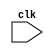
// --------------------------------------------------------------------
// TYPE: module
// DEPARTMENT: ELECTRONICS & COMMUNICATION ENGINEERING
// AUTHOR'S EMAIL: bt20ece003@iiitn.ac.in
// --------------------------------------------------------------------
// PURPOSE: 16-Bit MicroProcessor which has very basic INSTRUCTION SET 
//          ARCHITECTURE designed in behavioral style of Modelling
// -------------------------------------------------------------------- 


module microProcessor (
    clk // clock signals
);

    parameter N1 = 16, N2 = 12, N3 = 8;
    parameter WORDS = 4096; // No of words that can be stored in the memory

    // Hexadecimal Code for Memory Reference Instruction
    // "_D" is a suffix to represent Direct Memory addressing mode
    // "_I" is a suffix to represent Indirect Memory addressing mode
    parameter AND = 3'b000; // Opcode: AND memory word to the Accumulator
    parameter ADD = 3'b001; // ADD memory word to AC
    parameter LDA = 3'b010; // Load memory Word to AC
    parameter STA = 3'b011; // Store content of AC in memory
    parameter BUN = 3'b100; // Branch uncoditionally
    parameter BSA = 3'b101; // Branch and save return address
    parameter ISZ = 3'b110; // Increment and skip if zero

    // Hexadecimal code for Register Reference Instructions
    parameter CLA = 12'h800; // Clear AC
    parameter CLE = 12'h400; // Clear E
    parameter CMA = 12'h200; // Complement AC
    parameter CME = 12'h100; // Complement E
    parameter CIR = 12'h080; // Circulate right AC and E
    parameter CIL = 12'h040; // Circulate left AC and E
    parameter INC = 12'h020; // Increment AC
    parameter SPA = 12'h010; // Skip next instruction if AC is positive
    parameter SNA = 12'h008; // Skip next instruction if AC is negative
    parameter SZA = 12'h004; // Skip next instruction if AC is zero
    parameter SZE = 12'h002; // Skip next instruction if E is zero
    parameter HLT = 12'h001; // Halt processor

    // Hexadecimal code for I/O Reference Instructions
    parameter INP = 12'h800; // Input character to AC
    parameter OUT = 12'h400; // Output character from AC
    parameter SKI = 12'h200; // Skip on input flag
    parameter SKO = 12'h100; // Skip on output flag
    parameter ION = 12'h080; // Interrupt on
    parameter IOF = 12'h040; // Interrupt off

    input clk; // clock signal

    // Register of the Processor
    reg [N1-1:0] bus;   // Bus System of the processor
    reg [N2-1:0] AR;    // 12 bit Address Register - Holds address for memory to read and write
    reg [N2-1:0] PC;    // 12 bit Program Counter - Holds address of next Instruction to be fetched.
    reg [N1-1:0] AC;    // 16-Bit Accumulator - Processor Register
    reg [N1-1:0] DR;    // 16-Bit Data Register - Holds Memory operand 
    reg [N1-1:0] IR;    // 16-Bit Instruction Register - Holds Instruction Code
    reg [N1-1:0] TR;    // 16-Bit Temporary Register - Holds Temporary Data
    reg [N3-1:0] INPR;  // 8-Bit Input Register
    reg [N3-1:0] OUTR;  // 8-bit Output Register

    reg [N1-1:0] M [0:WORDS-1]; // Memory of 4096 words where each word is of 15 bits.
    // Flip-Flops Used are:
    // (i) R: It is used to indicate whether interrupt occurs or not.
    // (ii) I: This flip-flop is used to store the MSB of IR so as to decide whether it is Direct Memory Access or Indirect Memory Access.
    // (iii) E: The flip-flop represents the carry flag.
    // (iv) IEN: This flag enables the interrupt.
    // (v) FGI: This flag will set when INPR register is filled.
    // (vi) FGO: This flag will set when output device is ready to receive data.
    // (vii) S: This flip-Flop is used to start the microprocessor.

    reg I,E,R,S,FGI,FGO,IEN,SC; // Flip-Flops which control the instrutions.
    reg [2:0] opcode; // 3-Bit Operational Code 
    reg [2:0] t; // variable for timing sequence

    // Timing Sequence, which helps us to sequentialize instruction
    // This counter will help to sequentialize the instructions
    // It will get resetted when SC = 0.
    // And microprocessor will start working only when S = 1.
    always @(posedge clk) begin // a 4-bit counter
        if(S == 1'b1) begin
            if(SC == 1'b0) 
            begin
                t <= #2 3'b0;
                SC <= #2 1'b1;                 
            end
            else
                t <= #2 t + 1;
        end
        else begin
            t <= #2 3'b0;
        end
    end


    // For Interrupt 
    // Interrupt will get activated either when processor is communicating with peripheral devices 
    // or enabled using Instruction in which case IEN will get set.
    always @(posedge clk) begin
        if(t != 3'b00 && t !=3'b001 && t != 3'b010 && IEN == 1'b1 && (FGI == 1'b1 || FGO == 1'b1))
            R <= #2 1'b1;
    end
    
    // When T0 is active
    // In this clock cycle AR will get the address of the Instruction if interrupt is not enabled
    // otherwise AR will point the 0th location to store current PC address.
    always @(posedge clk) begin
        if(t == 3'b000) begin
            if(R == 1'b0) begin
                AR <= #2 PC; // Transfer the content of PC to AR to fetch Instruction
            end
            else begin
                AR <= #2 12'b0; // Store the 0th location of Memory
                TR <= #2 {4'b0,PC}; // store the content of PC in TR
            end
        end
    end

    // When T1 is active
    // In this clock cycle we fetch the Instruction pointed by the AR
    // If the interrupt is enabled then we can store the address of the
    // location where we have to return at 0th location.
    always @(posedge clk) begin
        if(t == 3'b001) begin
            if(R == 1'b0) begin
                IR <= #2 M[AR]; // Fetch Instruction from memory location pointed by AR
                PC <= #2 PC + 1; // Increment PC by 1 to point to next Instruction
            end
            else begin
                M[AR] <= #2 TR; // Saving the return address
                PC <= #2 12'b0; // Point the 0th location of memory
            end
        end
    end

    // When T2 is active
    // In this cycle we decode the Instruction and also transfer the address of operand
    //  to AR to fetch it, if it is a Memory Reference Instruction.
    always @(posedge clk) begin
        if(t == 3'b010) begin
            if(R == 1'b0) begin
                opcode <= #2 IR[14:12]; // decoding opcode
                AR <= #2 IR[11:0]; // transferring the address of the operand to AR.
                I <= #2 IR[15]; // Storing MSB of IR so as to distinguish between Direct Addressing and
                // Indirect Addressing or Register Reference and I/O Reference.
            end
            else begin // If interrupt is enabled
                PC <= #2 PC + 1;
                IEN <= #2 1'b0;
                R <= #2 1'b0;
                SC <= #2 1'b0;
            end
        end
    end
    // When T3 is active
    // In this clock cycle we can execute the Register Reference and I/O Reference Instruction and 
    // can point the Effective address of the operand if it is a Indirect Addressing Mode.
    always @(posedge clk) begin
        if(t == 3'b011) begin
            if(opcode != 3'b111 && I == 1'b1) begin //Indirect Memory Reference Instruction
                AR <= #2 M[AR]; // Fetching the Effective address of the Operand
            end
            else if(opcode == 3'b111 && I == 1'b0) begin // Register Reference Instruction
                SC <= #2 1'b0; // Refresh Timing Sequence to start next Instruction Cycle
                case (IR[11:0])
                    CLA: begin // Clear Accumulator
                        AC <= #2 16'b0;
                    end
                    CLE: begin // Clear Carry flag
                        E <= #2 1'b0;
                    end
                    CMA: begin // Complement Accumulator
                        AC <= #2 ~AC;
                    end
                    CME: begin // Complement Carry flag
                        E <= #2 ~E; 
                    end
                    CIR: begin // Circular Right E and AC
                        AC <= #2 {E,AC[N1-1:1]};
                        E <= #2 AC[0];
                    end
                    CIL: begin // Circular Left E and AC
                        AC <= #2 {AC[N1-2:0],E};
                        E <= #2 AC[N1-1];
                    end
                    INC: begin // Increment AC
                        AC <= #2 AC + 1;
                    end
                    SPA: begin // Skip next instruction if MSB of AC is zero
                        if (AC[N1-1] == 1'b0) begin
                            PC <= #2 PC + 1; 
                        end
                    end
                    SNA: begin // Skip next instruction if MSB of AC is one
                        if (AC[N1-1] == 1'b1) begin
                            PC <= #2 PC + 1; 
                        end
                    end
                    SZA: begin // Skip next instruction if AC is zero
                        if (AC == 16'b0) begin
                            PC <= #2 PC + 1; 
                        end
                    end
                    SZE: begin // Skip next instruction if Carry flag is zero
                        if (E == 1'b0) begin
                            PC <= #2 PC + 1;
                        end
                    end
                    HLT: begin // HLT instruction
                        S <= #2 1'b0;
                    end
                    default: begin // if wrong instruction came do noting
                        // do nothing
                    end
                endcase
            end 
            else if(opcode == 3'b111 && I == 1'b1) begin // I/O Reference Instruction
                SC <= #2 1'b0; // Refresh Timing Sequence to start next Instruction Cycle
                case (IR[11:0])
                    INP: begin // Transfer content of Input register to the Accumulator
                        AC <= #2 {8'b0,INPR};
                        FGI <= #2 1'b0;
                    end
                    OUT: begin // Transfer content of Acccumulator to the output register
                        OUTR <= #2 AC[N3-1:0];
                        FGO <= #2 1'b0;
                    end
                    SKI: begin // Skip next instruction if there is some input
                        if(FGI == 1'b1) begin
                            PC <= #2 PC + 1;
                        end
                    end
                    SKO: begin // skip next instruction if output device is ready to accept data 
                        if(FGO == 1'b1) begin
                            PC <= #2 PC + 1;
                        end
                    end
                    ION: begin // Enable Interrupt
                        IEN <= #2 1'b1;
                    end
                    IOF: begin // Disable Interrupt
                        IEN <= #2 1'b0;
                    end
                    default: begin // If wrong instruction came the do noting
                        // do nothing
                    end
                endcase
            end 
        end
    end

    // When T4 is active
    // This clock cylce mainly executes Memory Reference Instruction which are composed
    // of two to three microinstruction. Mostly in this clock cycle we fetch the operand from the memory.
    always @(posedge clk) begin
        if(t == 3'b100) begin
            case (opcode)
                AND: begin 
                    DR <= #2 M[AR]; // Fetch the operand and store it in DR
                end
                ADD: begin
                    DR <= #2 M[AR]; // Fetch the operand and store it in DR
                end
                LDA: begin
                    DR <= #2 M[AR]; // Fetch the operand and store it in DR
                end
                STA: begin
                    M[AR] <= #2 AC; // Store the content of AC in memory location pointed by AR.
                    SC <= #2 1'b0; // Refresh Timing Sequence to start new Instructin cylce
                end
                BUN: begin // Branch Instruction
                    PC <= #2 AR; // Store the location where we next Instruction is in PC.
                    SC <= #2 1'b0; // Refresh Timing Sequence to start new Instructin cylce
                end
                BSA: begin // Branch and Save return Address
                    M[AR] <= #2 PC; // Saving Return Address
                    AR <= #2 AR + 1;
                end
                ISZ: begin // Increment and Skip if zero 
                    DR <= #2 M[AR]; // Fetch the operand and store in in DR
                end
                default: begin // If wrong instruction came the do noting
                    // do nothing
                end
            endcase
        end
    end

    // When T5 is active
    // In this clock cylce we execute the operating between the operands store in DR and AC.
    always @(posedge clk) begin
        if(t == 3'b101) begin
            case (opcode)
                AND: begin // Perform anding and Refresh Timing Sequence to start next Instruction Cycle
                    AC <= #2 AC & DR;
                    SC <= #2 1'b0;
                end 
                ADD: begin // Perform addition and Refresh Timing Sequence to start next Instruction Cycle
                    {E,AC} <= #2 AC + DR;
                    SC <= #2 1'b0;
                end
                LDA: begin // Load Operand in AC and Refresh Timing Sequence to start next Instruction Cycle
                    AC <= #2 DR;
                    SC <= #2 1'b0;
                end
                BSA: begin // Point the Branch Instruction Address and Refresh Timing Sequence to start next Instruction Cycle
                    PC <= #2 AR;
                    SC <= #2 1'b0;
                end
                ISZ: begin // Incrementing DR
                    DR <= #2 DR + 1;
                end
                default: begin
                    // do nothing
                end
            endcase
        end
    end

    // When T6 is active
    // In this we only execute the ISZ operating whether on Incrementing it become zero or not
    // If it is zero then skip next instruction.
    always @(posedge clk) begin
        if(t == 3'b110) begin
            if(opcode == ISZ) begin
                M[AR] <= #2 DR;
                if (DR == 16'b0) begin
                    PC <= #2 PC + 1;
                end
            end
        end
    end

endmodule